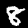
Label: 8